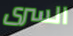
السرى